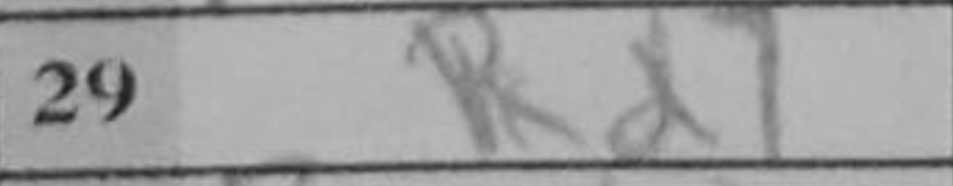
Transcription: Rd7